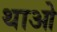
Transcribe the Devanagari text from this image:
थाओ